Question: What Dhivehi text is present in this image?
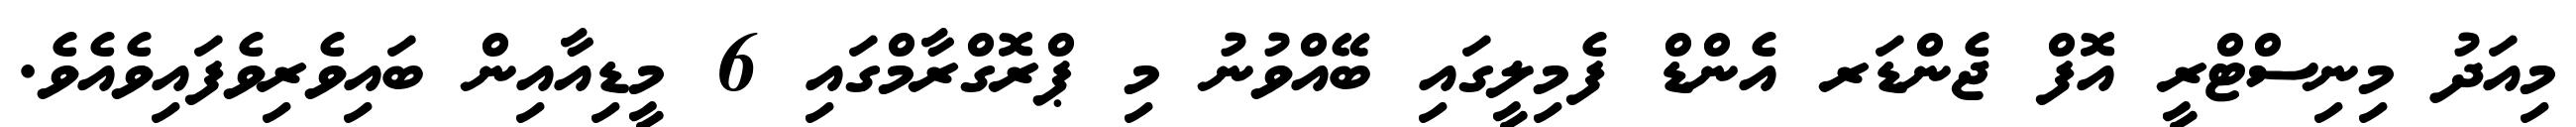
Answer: މިއަދު މިނިސްޓްރީ އޮފް ޖެންޑަރ އެންޑް ފެމިލީގައި ބޭއްވުނު މި ޕްރޮގްރާމްގައި 6 މީޑިއާއިން ބައިވެރިވެފައިވެއެވެ.